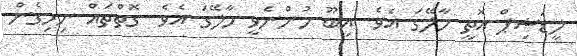
ލީޑަޝިޕް އޮތީ މާލޭގަ އެވެ. އިބޫ ހުންނެވީ މާލޭގަ އެވެ. ގޮތްތައް ނިމިގެން